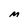
Character: M